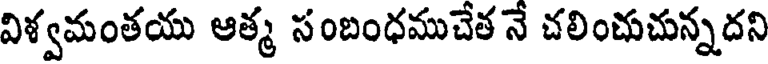
విళ్వమంతయు ఆత్మ సంబంధముచేత నే చలించుచున్నదని